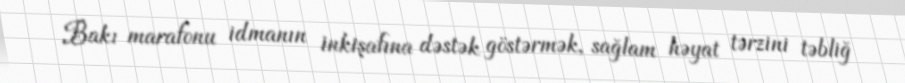
Bakı marafonu idmanın inkişafına dəstək göstərmək, sağlam həyat tərzini təbliğ